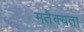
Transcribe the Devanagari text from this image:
मतैक्यता